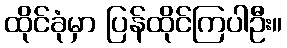
ထိုင်ခုံမှာ ပြန်ထိုင်ကြပါဦး။